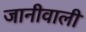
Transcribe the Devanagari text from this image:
जानीवाली